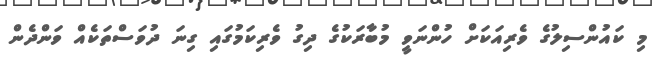
މި ކައުންސިލުގެ ވެރިއަކަށް ހުންނަވީ މުބާރަކުގެ ދިގު ވެރިކަމުގައި ގިނަ ދުވަސްތަކެއް ވަންދެން